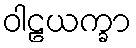
ဝါဠယက္ခာ